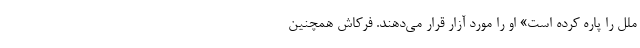
ملل را پاره کرده است» او را مورد آزار قرار می‌دهند. فرکاش همچنین